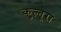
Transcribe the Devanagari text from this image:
कुल्तूरा